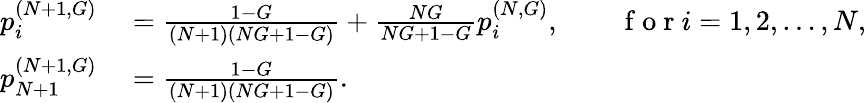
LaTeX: \begin{array}{rl}{p_{i}^{(N+1,G)}}&{{}=\frac{1-G}{(N+1)(NG+1-G)}+\frac{NG}{NG+1-G}p_{i}^{(N,G)},\qquad\mathrm{~f~o~r~}i=1,2,\dots,N,}\\ {p_{N+1}^{(N+1,G)}}&{{}=\frac{1-G}{(N+1)(NG+1-G)}.}\end{array}